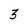
Character: 3